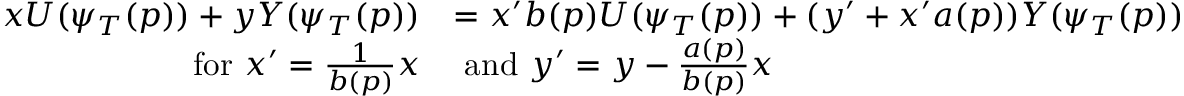
\begin{array} { r l } { x U ( \psi _ { T } ( p ) ) + y Y ( \psi _ { T } ( p ) ) } & { = x ^ { \prime } b ( p ) U ( \psi _ { T } ( p ) ) + ( y ^ { \prime } + x ^ { \prime } a ( p ) ) Y ( \psi _ { T } ( p ) ) } \\ { \mathrm { f o r ~ } x ^ { \prime } = \frac { 1 } { b ( p ) } x } & { \mathrm { ~ a n d ~ } y ^ { \prime } = y - \frac { a ( p ) } { b ( p ) } x } \end{array}